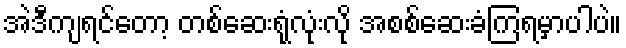
အဲဒီကျရင်တော့ တစ်ဆေးရုံလုံးလို အစစ်ဆေးခံကြရမှာပါပဲ။